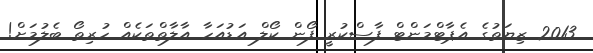
2013 ޒިޔަތުގެ އެޕާޓްމަންޓް ފާސްކުރީ ފޯން ކޯލް އަޑުއަހާ އާލާތްތަކެއް ހުރިތޯ ބެލުމަށް!